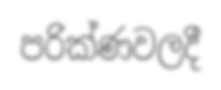
පරික්ණවලදී